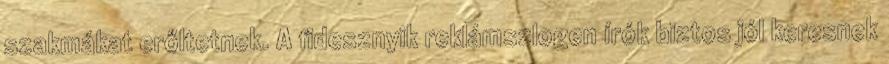
szakmákat erőltetnek. A fidesznyik reklámszlogen írók biztos jól keresnek